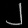
Digit: ၂